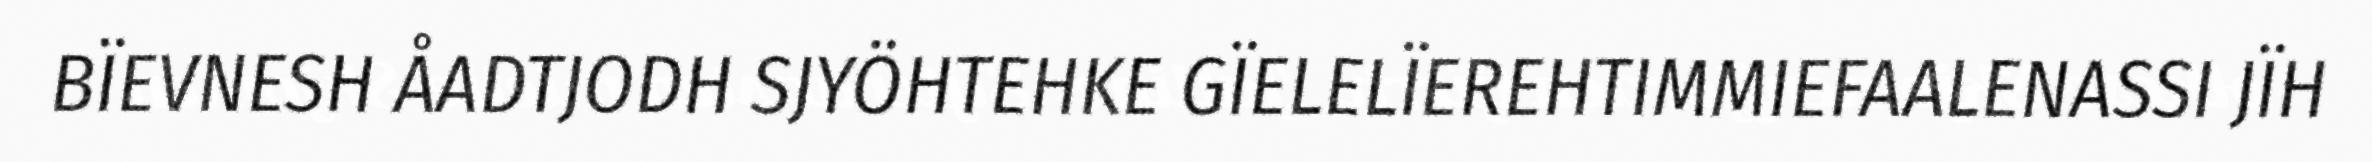
BÏEVNESH ÅADTJODH SJYÖHTEHKE GÏELELÏEREHTIMMIEFAALENASSI JÏH